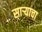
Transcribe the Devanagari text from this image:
साऱ्याचा